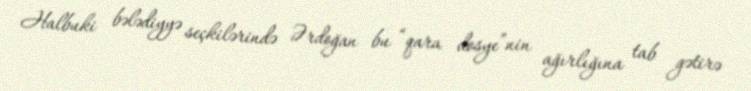
Halbuki bələdiyyə seçkilərində Ərdoğan bu “qara dosye”nin ağırlığına tab gətirə